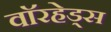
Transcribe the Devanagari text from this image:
वाॅरहेड्स